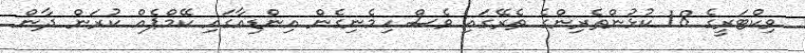
ވިކްޓަރީގެ 18 ކުޅުންތެރިންގެ ތެރޭގައި ވެސް ހިމެނިގެން އިންޑިއާގައި ކޭމްޕެއް ކުރަން ދާން